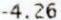
-4.26